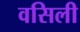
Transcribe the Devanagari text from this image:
वसिली